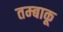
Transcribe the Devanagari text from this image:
तम्‍बाकू